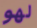
لهو